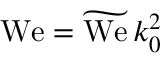
{ \mathrm { W e } } = \widetilde { \mathrm { W e } } \, k _ { 0 } ^ { 2 }